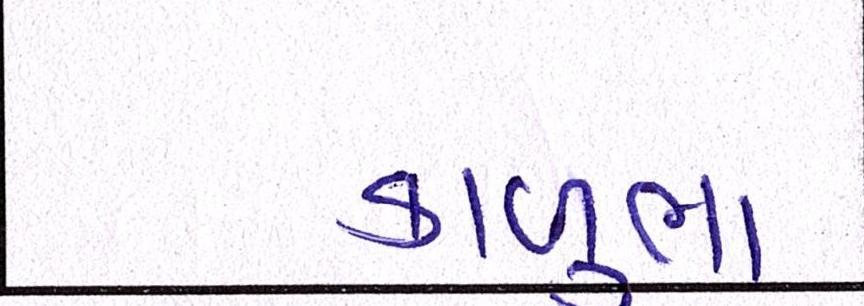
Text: કાળુભા